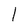
Character: l